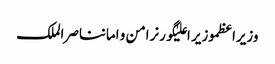
وزیراعظموزیر اعلیٰگورنرامن و امانناصر الملک